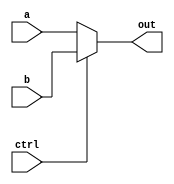
module mux_21(a, b, ctrl, out);
input a, b, ctrl;
output out;

assign out = ctrl ? b : a;

endmodule